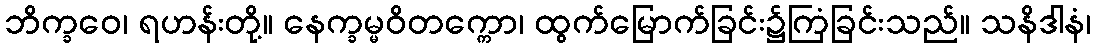
ဘိက္ခဝေ၊ ရဟန်းတို့။ နေက္ခမ္မဝိတက္ကော၊ ထွက်မြောက်ခြင်း၌ကြံခြင်းသည်။ သနိဒါနံ၊